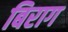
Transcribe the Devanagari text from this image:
बिराग